Vital statistics of India. Vol. IV, Annual returns from 1871 to 1876. British Army of India, Native Army and jails of Bengal
Year: 1871
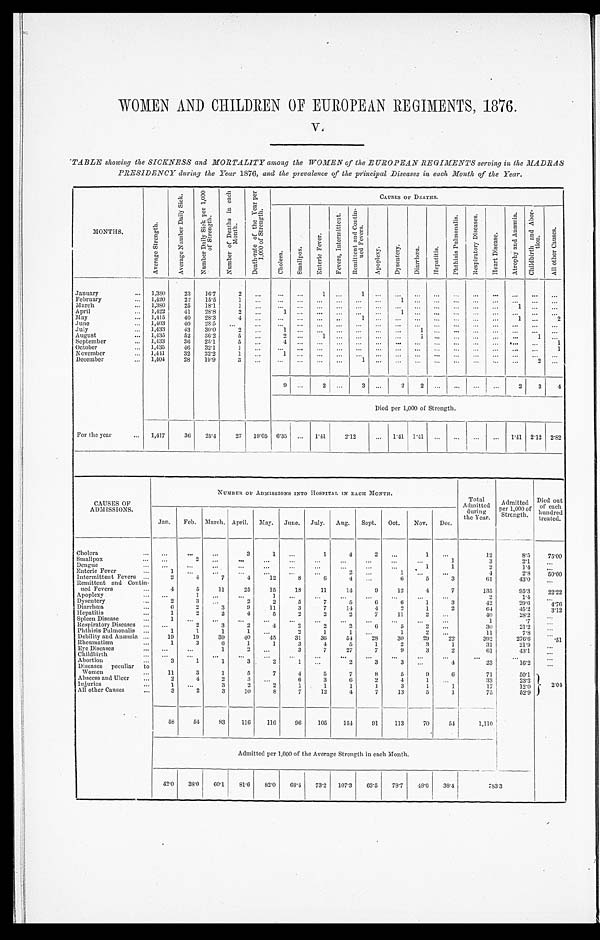
WOMEN AND CHILDREN OF EUROPEAN REGIMENTS, 1876.
TABLE showing the SICKNESS and MORTALITY among the WOMEN of the EUROPEAN REGIMENTS serving in the MADRAS
PRESIDENCY during the Year 1876, and the prevalence of the principal Diseases in each Month of the Year.
MONTHS.
A v e r a g e S t r e n g t h .
A v e r a g e N u m b e r D a i l y S i c k .
N u m b e r D a i l y S i c k p e r 1 , 0 0 0
o f S t r e n g t h .
N u m b e r o f D e a t h s i n e a c h
M o n t h .
D e a t h - r a t e o f t h e Y e a r p e r
1 , 0 0 0 o f S t r e n g t h .
CAUSES OF DEATHS.
C h o l e r a .
S m a l l p o x .
E n t e r i c F e v e r .
F e v e r s , I n t e r m i t t e n t . R e m i t t e n t a n d C o n t i n -
u e d F e v e r s .
A p o p l e x y .
D y s e n t e r y . D i a r r h œ a . H e p a t i t i s .
P h t h i s i s P u l m o n a l i s .
R e s p i r a t o r y D i s e a s e s .
H e a r t D i s e a s e .
A t r o p h y a n d A n æ m i a . C h i l d b i r t h a n d A b o r -
t i o n .
A l l o t h e r C a u s e s .
January
1,380 23 16.7
2
1
1
February
1,420 22 15.5
1
1
March
1,380 25 18.1
1
1
April
1,422 41 28.8
2
1
1
May 1,415 40 28.3
4
1
1
2
June
1,403 40 28.5
July
1,433 43 30.0
2
1
1
August
1,435 52 36.2
5
2
1
1
1
September
1,433 36 25.1
5
4
1
October
1,435 46 32.1
1
1
November
1,441 32 22.2
1
1
December
1,404 28 19.9
3
1
2
9
2
3
2 2
2 3 4
Died per 1,000 of Strength.
For the year
1,417 36 25.4 27 19.05 6.35
1.41 2 . 1 2
1.41 1. 41
1.41 2.12 2.82
CAUSES OF
ADMISSIONS.
NUMBER OF ADMISSIONS INTO HOSPITAL IN EACH MONTH.
Total
Admitted durin
g
the Year.
Admitted
Per 1,000 of
Strength.
Died out
of each
hundred treated.
Jan. Feb. March. April. May. June. July. Aug. Sept. Oct. Nov. Dec.
Cholera
3
1
1
4
2
1
12
8.5 75.00
Smallpox
2
1
3
2.1
Dengue
1
1
2
1.4
Enteric Fever
1
2
1
4
2.8 50.00
Intermittent Fevers
2
4
7
4 12
8
6
4
6
5
3
61
43.0
Remittent and Contin-
ued Fevers
4
5 11 25 15 18 11 14
9 12
4
7
135
95.3 22.22
Apoplexy
1
1
2
1.4
Dysentery
2
3
2
2
5
7
5
6
6
1
3
42
29.6 4.76
Diarrhœa
6
2
3
9 11
3
7 14
4
2
1
2
64
45.2 3 . 1 2
Hepatitis
1
2
2
4
5
2
2
2
7 11
2
4 0
28.2
Spl een Disease
1
1
.7
Respiratory Diseases
2
3
2
4
2
2
2
6
5
2
30
21.2
Phthisis Pulmonalis
1
1
1
1
2
1
1
1
2
11
7.8
Debility and Anæmia
19 19 39 40 45 31 36 54 28 30 29 22
392
276.6
. 5 1
Rheumatism
1
3
6
1
1
3
4
5
1
2
3
1
31
21.9
Eye Diseases
1
2
3
7 27
7
9
3
2
61
43.1
Childbirth Abortion
3
1
1
3
2
1
2
3
3
4
23
1 6 . 2
D i s e a s e s p e c u l i a r t o
Women
11
3
1
5
7
4
5
7
8
5
9
6
71
50.1
2 . 0 4
Abscess and Ulcer
2
4
2
3
6
3
6
2
4
1
33
23.3
Injuries
1
3
2
2
1
1
1
1
3
1
1
17
12.0
All other Causes
3
2
3 10
8
7 12
4
7 13
5
1
75
52.9
58 54 83 116 116 96 105 154 91 113 70 54
1,110
Admitted per 1,000 of the Average Strength in each Month.
42.0 38.0 60.1 81.6 82.0 68.4 73. 2 107.3 63.5 78.7 48.6 38.4
7 8 3 . 3